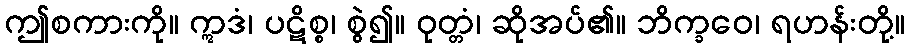
ဤစကားကို။ ဣဒံ၊ ပဋိစ္စ၊ စွဲ၍။ ဝုတ္တံ၊ ဆိုအပ်၏။ ဘိက္ခဝေ၊ ရဟန်းတို့။